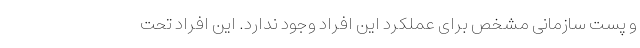
و پست سازمانی مشخص برای عملکرد این افراد وجود ندارد. این افراد تحت